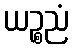
ယဉ္စညံ